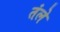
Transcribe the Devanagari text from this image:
तंले